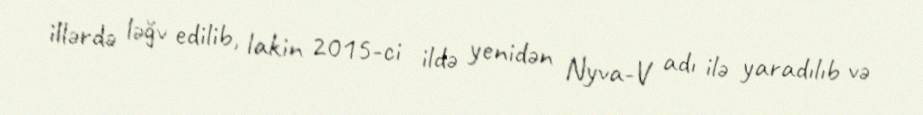
illərdə ləğv edilib, lakin 2015-ci ildə yenidən Nyva-V adı ilə yaradılıb və